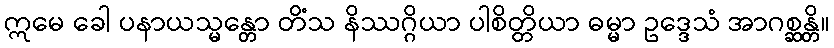
ဣမေ ခေါ ပနာယသ္မန္တော တိံသ နိဿဂ္ဂိယာ ပါစိတ္တိယာ ဓမ္မာ ဥဒ္ဒေသံ အာဂစ္ဆန္တိ။